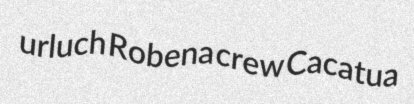
urluch Robena crew Cacatua